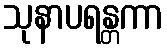
သုနာပရန္တကာ